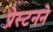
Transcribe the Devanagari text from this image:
प्रेस्टनने